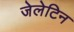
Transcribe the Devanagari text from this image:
जेलेटिन